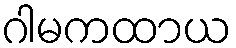
ဂါမကထာယ